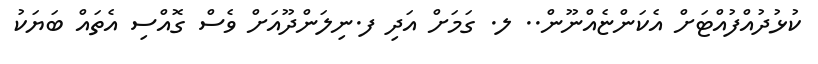
ކުޅުދުއްފުއްޓަށް އެކަންޏެއްނޫން.. ލ. ގަމަށް އަދި ފ.ނިލަންދޫއަށް ވެސް ގޮއްސި އެތައް ބަޔަކު